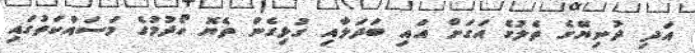
އަދި ދުނިޔޭގެ ތެލުގެ އަގަށް އައި ބަދަލާއި ގުޅިގެން ތެޔޮ ހޯދުމުގެ މަސައްކަތުގައި